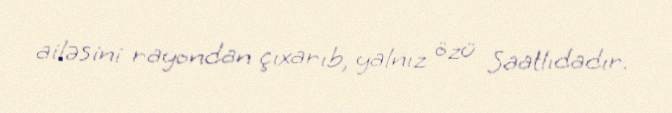
ailəsini rayondan çıxarıb, yalnız özü Saatlıdadır.